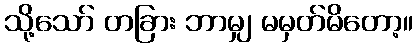
သို့သော် တခြား ဘာမျှ မမှတ်မိတော့။